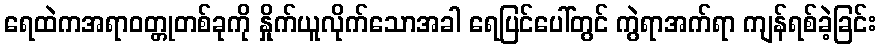
ရေထဲကအရာဝတ္တုတစ်ခုကို နှိုက်ယူလိုက်သောအခါ ရေပြင်ပေါ်တွင် ကွဲရာအက်ရာ ကျန်ရစ်ခဲ့ခြင်း